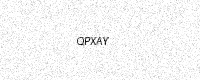
Text: QPXAY